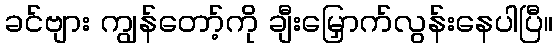
ခင်ဗျား ကျွန်တော့်ကို ချီးမြှောက်လွန်းနေပါပြီ။